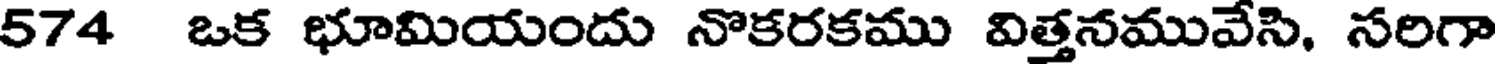
574 ఒక భూమియందు నొకరకము విత్తనమువేసి, సరిగా